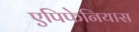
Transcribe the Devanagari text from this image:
एपिफेनियास